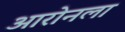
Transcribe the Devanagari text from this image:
आरोनला